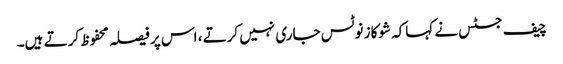
چیف جسٹس نے کہاکہ شوکاز نوٹس جاری نہیں کرتے ، اس پر فیصلہ محفوظ کرتے ہیں۔